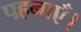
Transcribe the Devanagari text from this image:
पहनाएँ।